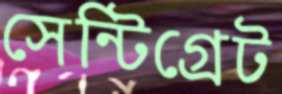
সেন্টিগ্রেট